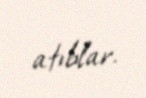
atıblar.